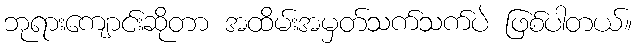
ဘုရားကျောင်းဆိုတာ အထိမ်းအမှတ်သက်သက်ပဲ ဖြစ်ပါတယ်။